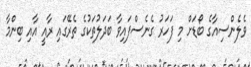
ވެލެންސިއާގެ ބޯޑަށް މި ފަހަރު ގެނެސްފައިވާ ބަދަލުތަކުގެ ތެރޭގައި ރާއީ އާއި ބިންމާ